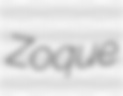
Zoque